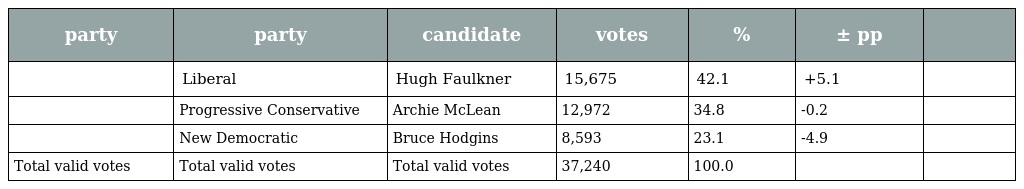
| party | party | candidate | votes | % | ± pp |  |
 | --- | --- | --- | --- | --- | --- | --- |
 |  | Liberal | Hugh Faulkner | 15,675 | 42.1 | +5.1 |  |
 |  | Progressive Conservative | Archie McLean | 12,972 | 34.8 | -0.2 |  |
 |  | New Democratic | Bruce Hodgins | 8,593 | 23.1 | -4.9 |  |
 | Total valid votes | Total valid votes | Total valid votes | 37,240 | 100.0 |  |  |